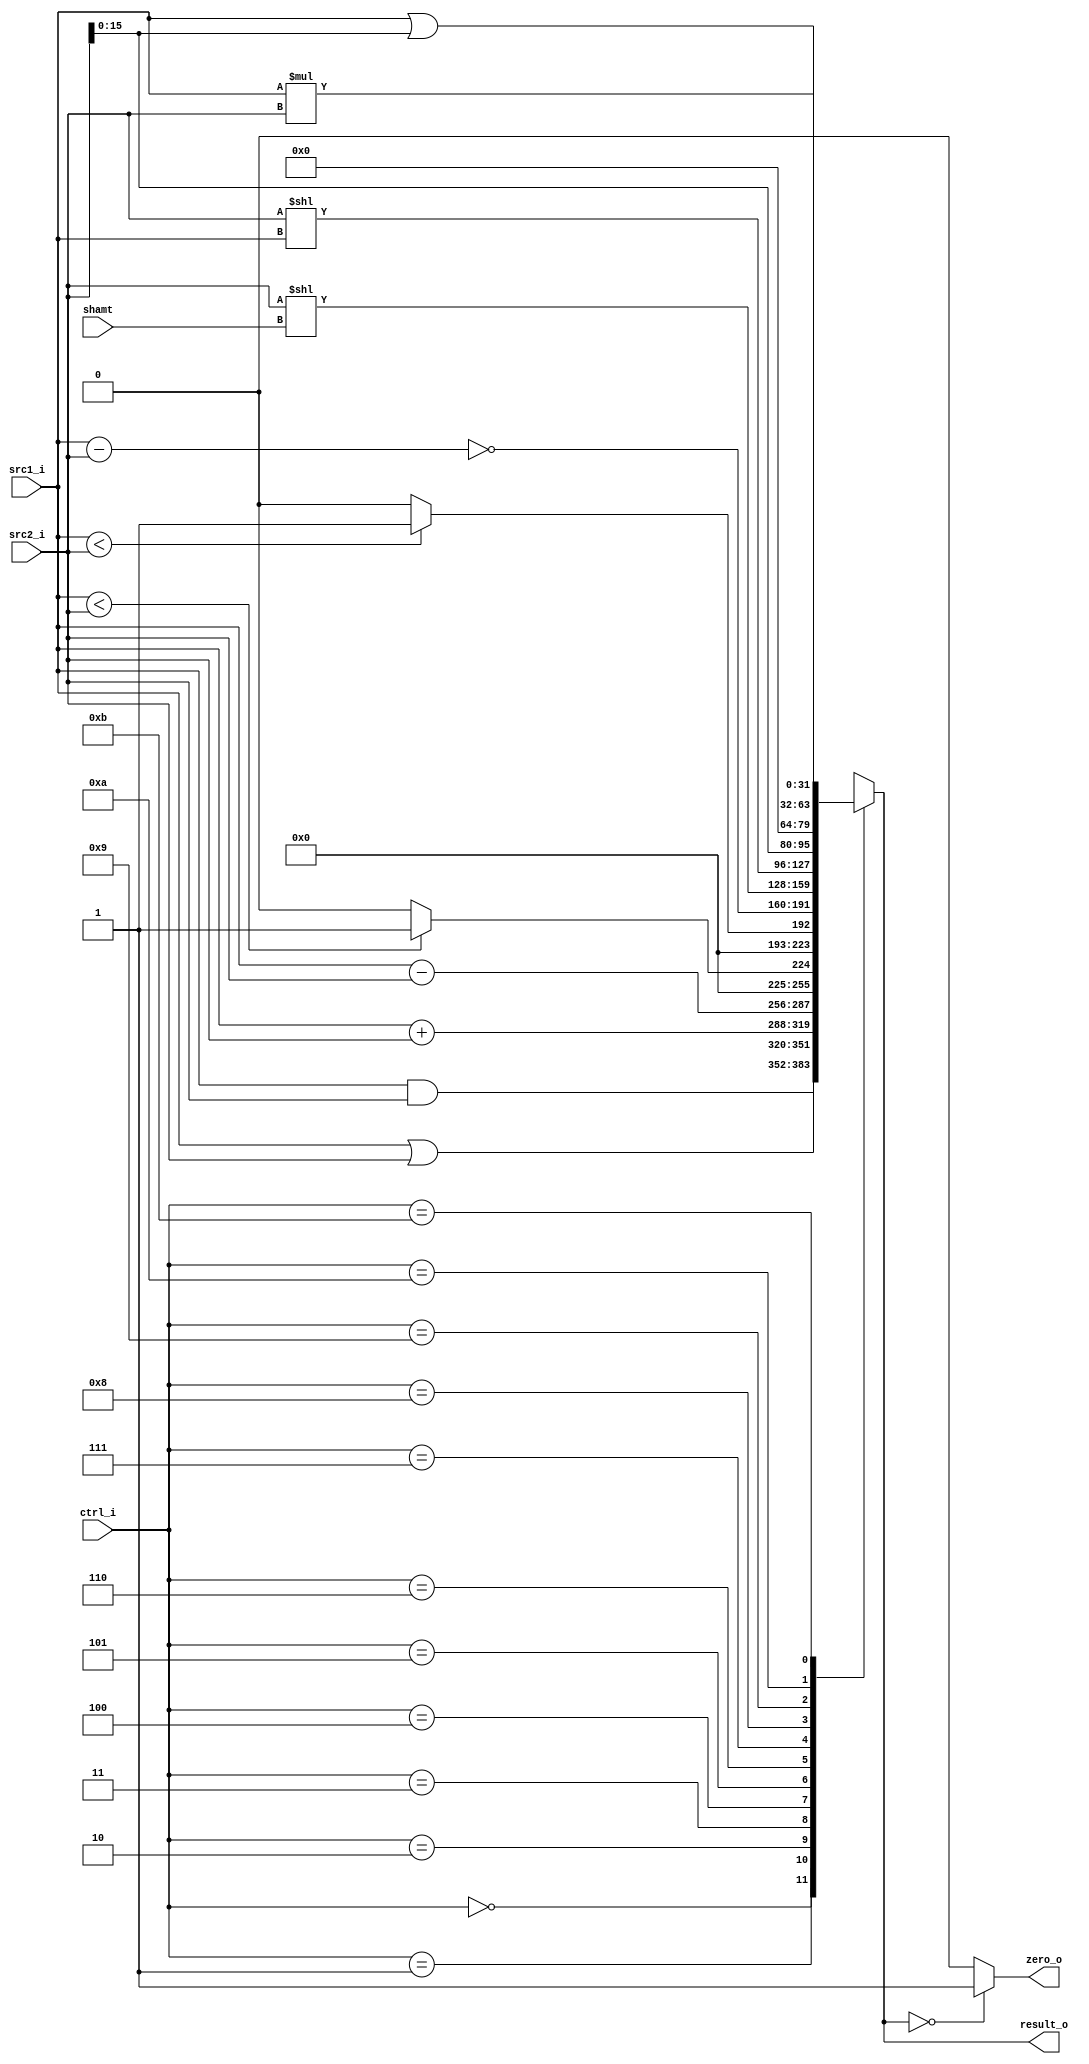
//Subject:     CO project 4
//--------------------------------------------
//Student: 0411276 Chen Yi An
//Student: 0413335 Kuo Yi Lin
//--------------------------------------------

module ALU(
input  		[32-1:0]  src1_i,
input		[32-1:0]  src2_i,
input		[4-1:0]   ctrl_i,
input		[5-1:0]   shamt,
//input		[32-1:0]  pc_add4,//for "jal" instruciton
output  reg	[32-1:0]  result_o,
output	reg          zero_o
	);
     

//Internal signals
wire signed  [32-1:0]	signed_src1,
					 	signed_src2;

//Values are implicitly unsigned
wire  		 [32-1:0]	unsigned_src1,
						unsigned_src2;
//Parameter
parameter ALU_AND  = 4'd0;
parameter ALU_OR   = 4'd1;
parameter ALU_ADD  = 4'd2;
parameter ALU_SUB  = 4'd3;
parameter ALU_SLT  = 4'd4;
parameter ALU_SLTU = 4'd5;
parameter ALU_BNE  = 4'd6;
parameter ALU_SLL  = 4'd7;
parameter ALU_SLLV = 4'd8;
parameter ALU_LUI  = 4'd9;
parameter ALU_ORI  = 4'd10;
parameter ALU_MULT = 4'd11;
//parameter ALU_PC_ADD4  = 4'd12;


//Main function
assign signed_src1 = src1_i;
assign signed_src2 = src2_i;
assign unsigned_src1 = src1_i;
assign unsigned_src2 = src2_i;

always @(*)begin
	zero_o <= (result_o ==0) ? 1'b1 :1'b0 ;
end

always @( *)begin
  case (ctrl_i)
  		ALU_AND		: result_o = src1_i & src2_i; 
		ALU_OR		: result_o = src1_i | src2_i;
		ALU_ADD		: result_o = signed_src1 + signed_src2;
		ALU_SUB 	: result_o = signed_src1 - signed_src2;
		ALU_SLT 	: result_o = signed_src1   < signed_src2   ? 32'h0001 : 32'b0;
		ALU_SLTU 	: result_o = unsigned_src1 < unsigned_src2 ? 32'h0001 : 32'b0;
		ALU_BNE 	: result_o = ~(src1_i - src2_i) ; //equal to src1_i - 0;
		ALU_SLL 	: result_o = src2_i << shamt; 
		ALU_SLLV 	: result_o = src2_i << src1_i ; 
		ALU_LUI 	: result_o = src2_i[15:0] << 16 ; 
		ALU_ORI 	: result_o = src1_i | { 16'b0,src2_i[15:0]} ;
		ALU_MULT	: result_o = src1_i * src2_i ;
	default: 
		result_o = 'bx;
  endcase 
end

endmodule